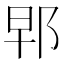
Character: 𨚰